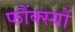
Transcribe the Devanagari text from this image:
फौंक्स्यों